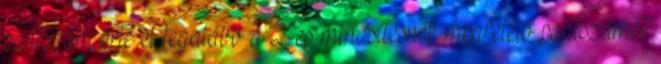
pontszám érje el legalább a 2-es minősítésnek megfelelő pontszámot